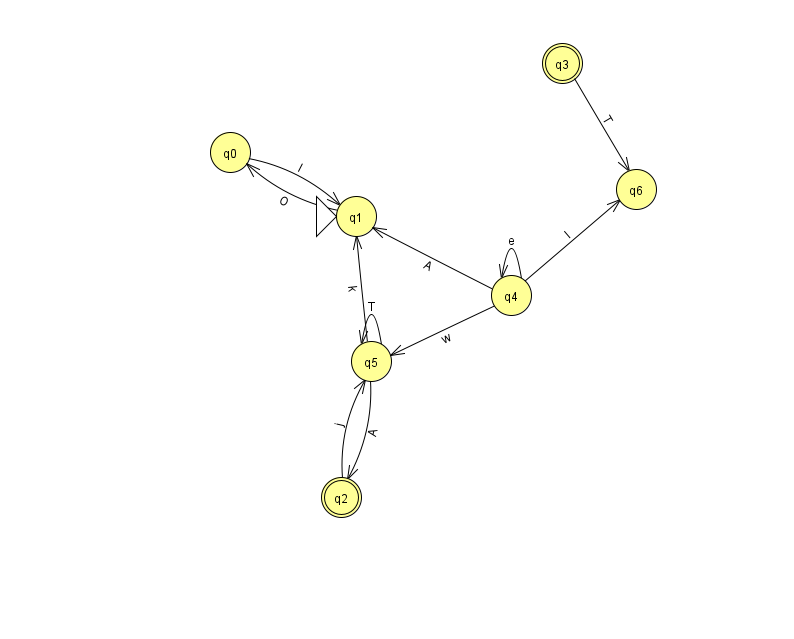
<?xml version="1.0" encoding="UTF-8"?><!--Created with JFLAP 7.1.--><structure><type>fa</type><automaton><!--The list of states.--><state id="0" name="q0"><x>230.0</x><y>139.0</y></state><state id="1" name="q1"><x>356.0</x><y>203.0</y><initial/></state><state id="2" name="q2"><x>341.0</x><y>484.0</y><final/></state><state id="3" name="q3"><x>562.0</x><y>50.0</y><final/></state><state id="4" name="q4"><x>511.0</x><y>282.0</y></state><state id="5" name="q5"><x>371.0</x><y>348.0</y></state><state id="6" name="q6"><x>636.0</x><y>176.0</y></state><!--The list of transitions.--><transition><from>4</from><to>5</to><read>w</read></transition><transition><from>1</from><to>0</to><read>O</read></transition><transition><from>5</from><to>1</to><read>k</read></transition><transition><from>0</from><to>1</to><read>I</read></transition><transition><from>4</from><to>6</to><read>I</read></transition><transition><from>5</from><to>5</to><read>T</read></transition><transition><from>4</from><to>4</to><read>e</read></transition><transition><from>2</from><to>5</to><read>j</read></transition><transition><from>3</from><to>6</to><read>T</read></transition><transition><from>5</from><to>2</to><read>A</read></transition><transition><from>4</from><to>1</to><read>A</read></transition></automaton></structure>